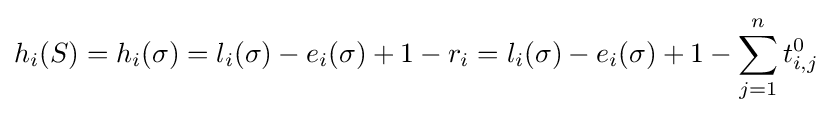
h_{i}(S)=h_{i}(\sigma )=l_{i}(\sigma )-e_{i}(\sigma )+1-r_{i}=l_{i}(\sigma )-e_{i}(\sigma )+1-\sum _{j=1}^{n}t_{i,j}^{0}